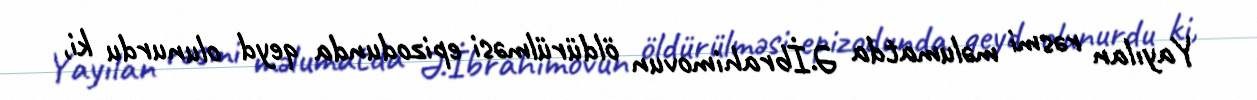
Yayılan rəsmi məlumatda Ə.İbrahimovun öldürülməsi epizodunda qeyd olunurdu ki,